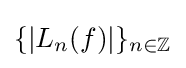
\{|L_{n}(f)|\}_{n\in \mathbb {Z} }